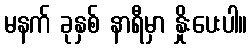
မနက် ခုနှစ် နာရီမှာ နှိုးပေးပါ။